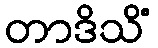
တာဒိသိံ